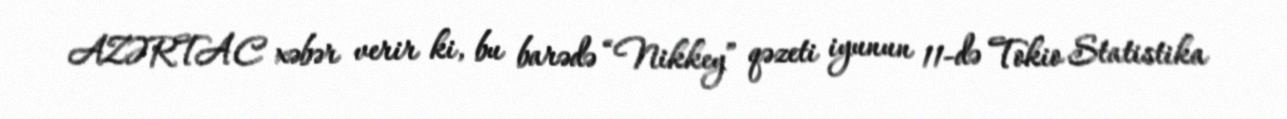
AZƏRTAC xəbər verir ki, bu barədə “Nikkey” qəzeti iyunun 11-də Tokio Statistika